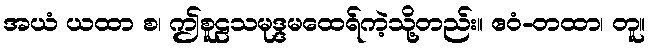
အယံ ယထာ စ၊ ဤစူဠသမုဒ္ဒမထေရ်ကဲ့သို့တည်း။ ဧဝံ-တထာ၊ တူ။